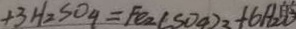
+ 3 H _ { 2 } S O _ { 4 } = F e _ { 2 } ( S O _ { 4 } ) _ { 3 } + 6 H _ { 2 } O